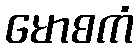
မောစကံ